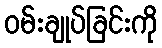
ဝမ်းချုပ်ခြင်းကို